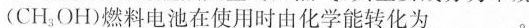
(CH3OH)燃料电池在使用时由化学能转化为